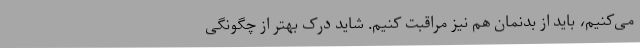
می‌کنیم، باید از بدنمان هم نیز مراقبت کنیم. شاید درک بهتر از چگونگی